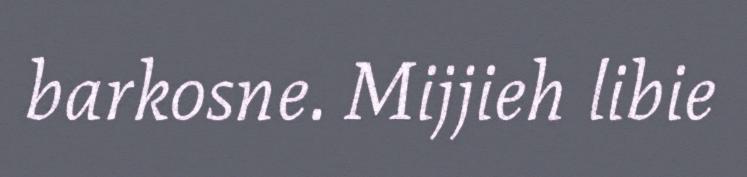
barkosne. Mijjieh libie